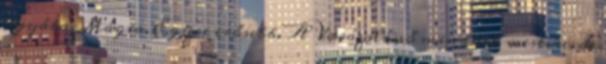
agyába. Mágia. Egyre erősebb. A Varázslónő mindnek mestere, de